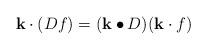
LaTeX: \begin{align*}\mathbf{k}\cdot (Df)=(\mathbf{k}\bullet D)(\mathbf{k}\cdot f)\end{align*}